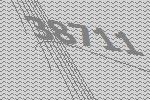
38711